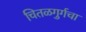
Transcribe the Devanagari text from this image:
चितळगुर्गचा